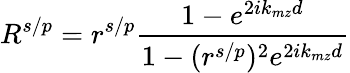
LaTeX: R^{s/p}=r^{s/p}\frac{1-e^{2ik_{mz}d}}{1-(r^{s/p})^{2}e^{2ik_{mz}d}}